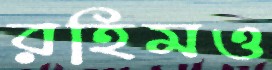
রহিমও